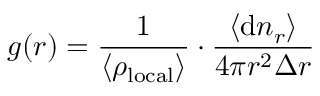
g ( r ) = \frac { 1 } { \langle \rho _ { \mathrm { l o c a l } } \rangle } \cdot \frac { \langle \mathrm { d } n _ { r } \rangle } { 4 \pi r ^ { 2 } \Delta r }